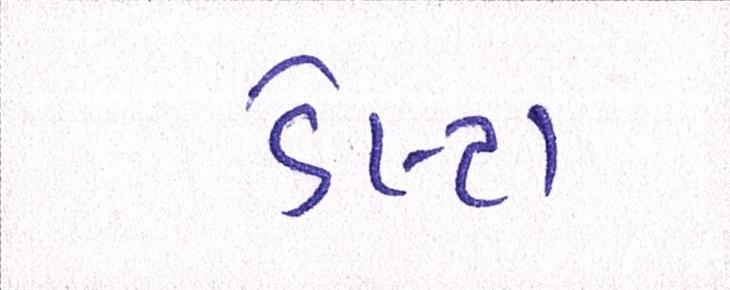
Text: ડેલ્ટા